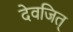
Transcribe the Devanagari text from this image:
देवजित्‌